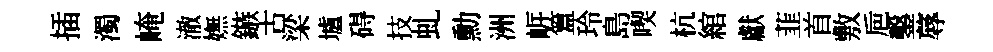
插濁崦澈嫵鏃古梁壚碍技虬勳洲㟁簋玲島喫杭綰獻韮首敷巵鑿蓐